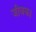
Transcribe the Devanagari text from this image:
जीवक।